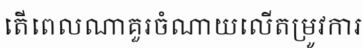
តើពេលណាគួរចំណាយលើតម្រូវការ